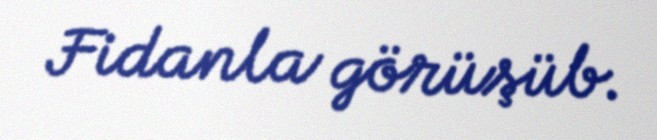
Fidanla görüşüb.